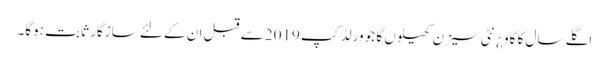
اگلے سال کا کاو¿نٹی سیزن کھیلوں گا جو ورلڈ کپ 2019 سے قبل ان کے لئے سازگار ثابت ہوگا۔